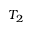
T _ { 2 }